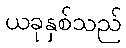
ယခုနှစ်သည်